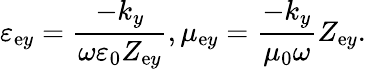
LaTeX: \varepsilon_{\mathrm{e}y}=\frac{{-k_{y}}}{{\omega\varepsilon_{0}Z_{\mathrm{e}y}}},\mu_{\mathrm{e}y}=\frac{{-k_{y}}}{{\mu_{0}\omega}}Z_{\mathrm{e}y}.